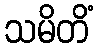
သမိတိံ